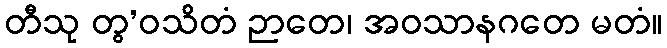
တီသု တွ’ဝသိတံ ဉာတေ၊ အဝသာနဂတေ မတံ။